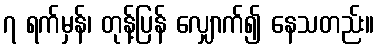
၇ ရက်မှန်၊ တုန့်ပြန် လျှောက်၍ နေသတည်း။